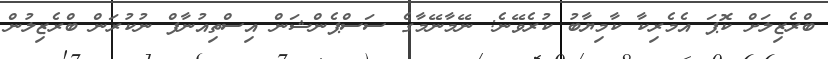
ބްރެޒިލަށް ކޮޕަ އެމެރިކާ ކާމިޔާބު ކުރެވޭނެ: ނޭމާނޭމާގެ ސަސްޕެންޝަން އިސްތިއުނާފް ނުކުރަން ބްރެޒިލުން